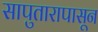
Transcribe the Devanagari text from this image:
सापुतारापासून